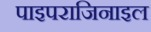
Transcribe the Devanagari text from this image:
पाइपराजिनाइल